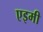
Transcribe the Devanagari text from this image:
एइमी